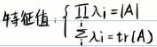
$特征值:\left\{\begin{array}{l} \prod\limits _{i = 1}^{n}\lambda _{i}=|A|\\ \sum\limits _{i = 1}^{n}\lambda _{i}=tr(A)\end{array}\right.$